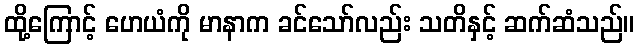
ထို့ကြောင့် ဟေယံကို မာနာက ခင်သော်လည်း သတိနှင့် ဆက်ဆံသည်။